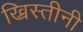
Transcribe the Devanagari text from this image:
ख्रिस्तीनी